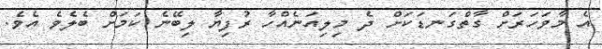
އެ މާވަހަރަށް ގާތްގަނޑަކަށް ދެ މިލިއަނެއްހާ ރުފިޔާ ލިބޭނެ ކަމަށް ބެލެވެ އެވެ.